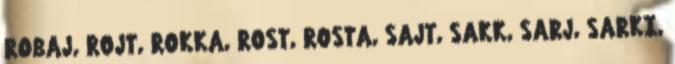
ROBAJ, ROJT, ROKKA, ROST, ROSTA, SAJT, SAKK, SARJ, SARKI,